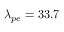
\lambda _ { p e } = 3 3 . 7